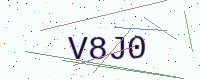
Text: V8J0